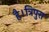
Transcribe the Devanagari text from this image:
है।त्रिपुरा